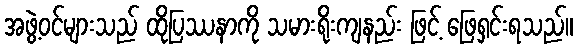
အဖွဲ့ဝင်များသည် ထိုပြဿနာကို သမားရိုးကျနည်း ဖြင့် ဖြေရှင်းရသည်။